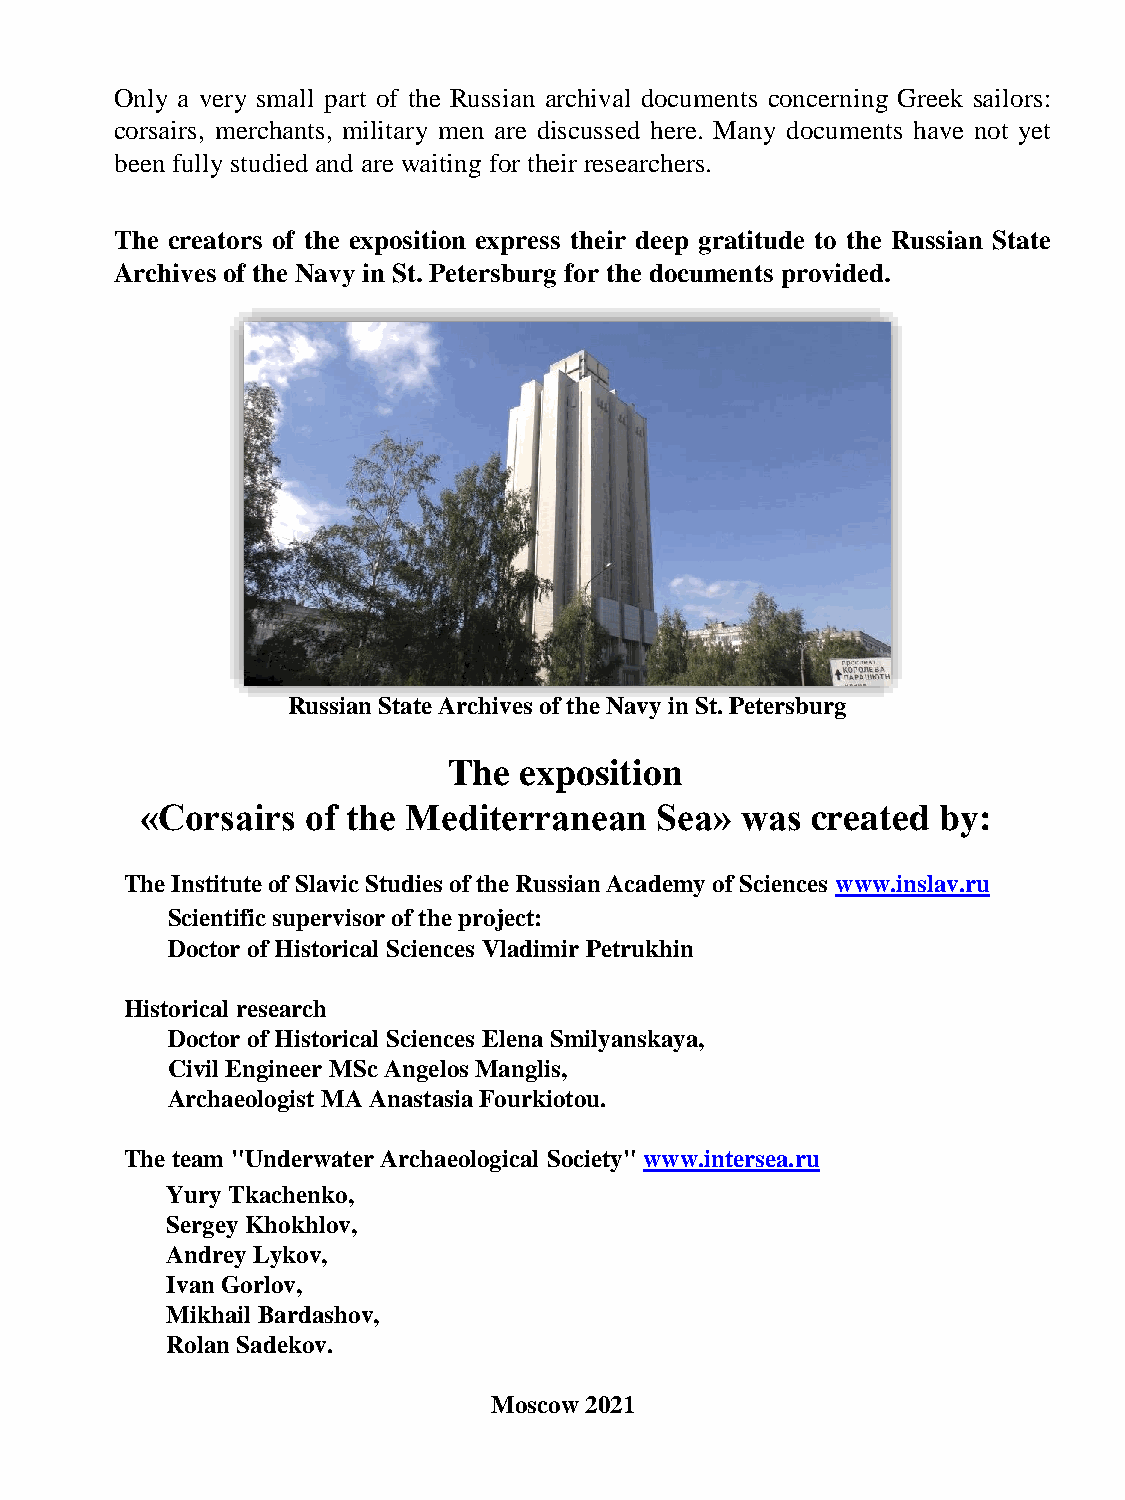
Only a very small part of the Russian archival documents concerning Greek sailors:
 corsairs, merchants, military men are discussed here. Many documents have not yet
 been fully studied and are waiting for their researchers.
 The creators of the exposition express their deep gratitude to the Russian State
 Archives of the Navy in St. Petersburg for the documents provided.
 Russian State Archives of the Navy in St. Petersburg
 The exposition
 «Corsairs  of the Mediterranean    Sea» was  created by:
 The Institute of Slavic Studies of the Russian Academy of Sciences www.inslav.ru
 Scientific supervisor of the project:
 Doctor of Historical Sciences Vladimir Petrukhin
 Historical research
 Doctor of Historical Sciences Elena Smilyanskaya,
 Civil Engineer MSc AngelosManglis,
 Archaeologist MA Anastasia Fourkiotou.
 The team "Underwater Archaeological Society" www.intersea.ru
 YuryTkachenko,
 Sergey Khokhlov,
 Andrey Lykov,
 Ivan Gorlov,
 Mikhail Bardashov,
 RolanSadekov.
 Moscow 2021